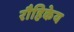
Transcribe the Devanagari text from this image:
रौहिकेय